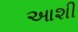
આશી